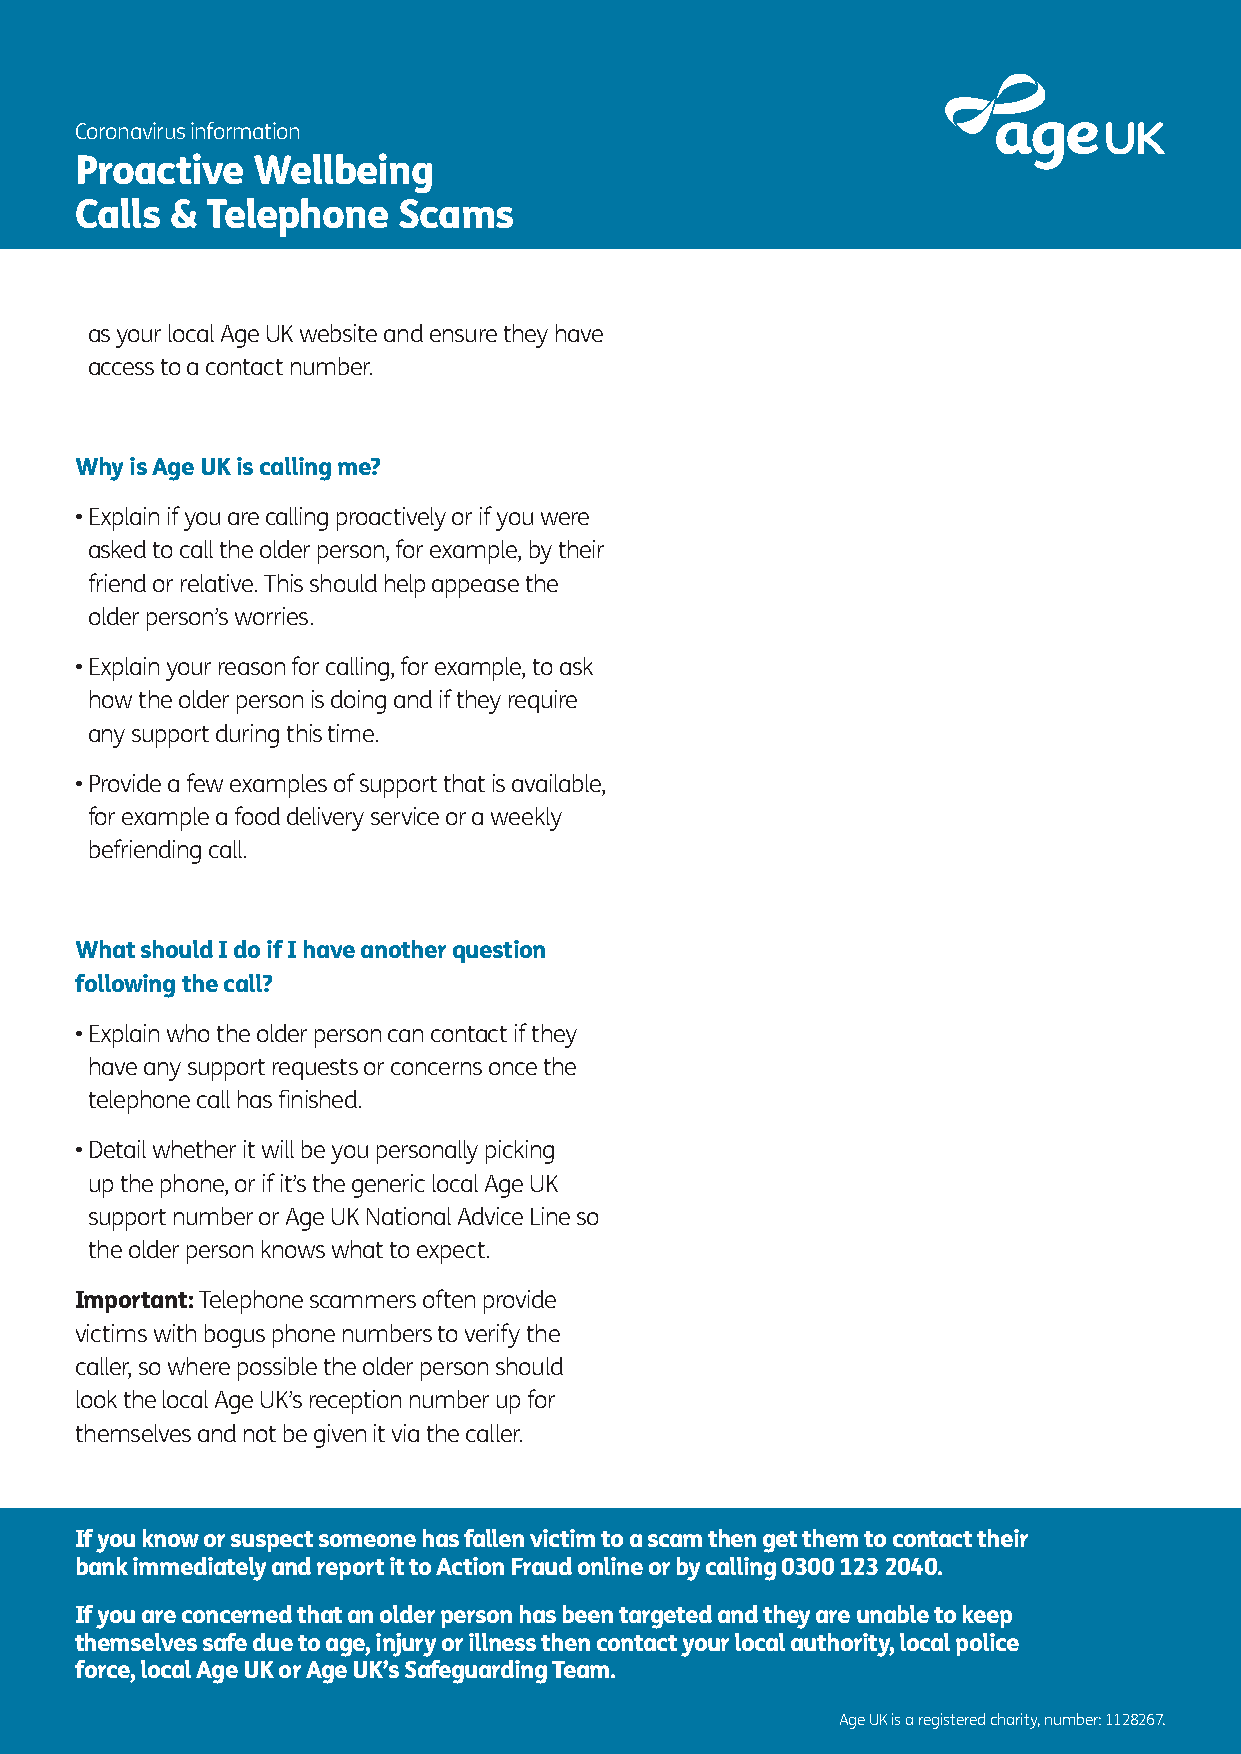
Coronavirus information
 Proactive   Wellbeing
 Calls &  Telephone   Scams
 as your local Age UK website and ensure they have
 access to a contact number.
 Why is Age UK is calling me?
 • E xplain if you are calling proactively or if you were
 asked to call the older person, for example, by their
 friend or relative. This should help appease the
 older person’s worries.
 • E xplain your reason for calling, for example, to ask
 how the older person is doing and if they require
 any support during this time.
 • P rovide a few examples of support that is available,
 for example a food delivery service or a weekly
 befriending call.
 What should I do if I have another question
 following the call?
 • E xplain who the older person can contact if they
 have any support requests or concerns once the
 telephone call has finished.
 • D etail whether it will be you personally picking
 up the phone, or if it’s the generic local Age UK
 support number or Age UK National Advice Line so
 the older person knows what to expect.
 Important: Telephone scammers often provide
 victims with bogus phone numbers to verify the
 caller, so where possible the older person should
 look the local Age UK’s reception number up for
 themselves and not be given it via the caller.
 If you know or suspect someone has fallen victim to a scam then get them to contact their
 bank immediately and report it to Action Fraud online or by calling 0300 123 2040.
 If you are concerned that an older person has been targeted and they are unable to keep
 themselves safe due to age, injury or illness then contact your local authority, local police
 force, local Age UK or Age UK’s Safeguarding Team.
 Age UK is a registered charity, number: 1128267.